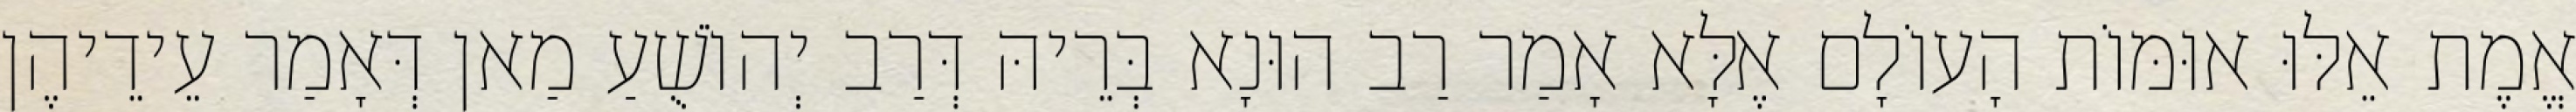
אֱמֶת אֵלּוּ אוּמּוֹת הָעוֹלָם אֶלָּא אָמַר רַב הוּנָא בְּרֵיהּ דְּרַב יְהוֹשֻׁעַ מַאן דְּאָמַר עֵידֵיהֶן